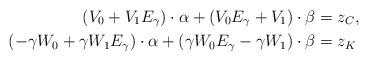
LaTeX: \begin{align*}\left(V_0+ V_1 E_{\gamma}\right)\cdot \alpha+\left(V_0E_{\gamma}+V_1\right)\cdot \beta &=z_C,\\\left(-\gamma W_0+\gamma W_1E_{\gamma}\right)\cdot \alpha+\left(\gamma W_0E_{\gamma}-\gamma W_1\right)\cdot \beta &=z_K\end{align*}